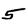
Character: 5